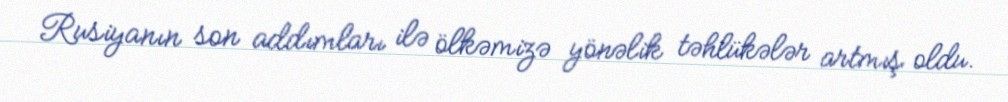
Rusiyanın son addımları ilə ölkəmizə yönəlik təhlükələr artmış oldu.